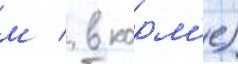
м / в корм'е)